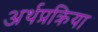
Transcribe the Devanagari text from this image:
अर्थप्रक्रिया